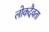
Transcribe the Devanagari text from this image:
लोकदैवता